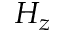
H _ { z }